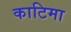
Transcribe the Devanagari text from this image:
काटिमा